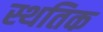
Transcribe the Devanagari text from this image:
स्थतिक